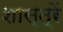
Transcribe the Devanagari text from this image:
शास्त्रें